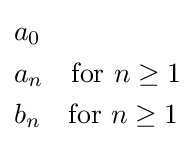
{\begin{aligned}&a_{0}\\&a_{n}\quad {\text{for }}n\geq 1\\&b_{n}\quad {\text{for }}n\geq 1\end{aligned}}